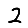
Digit: 2